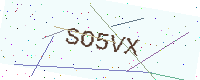
Text: SO5VX